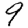
Digit: 9